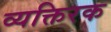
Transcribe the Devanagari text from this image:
व्यक्तिरक